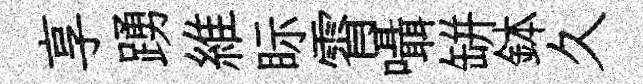
享踴維眎霄囁缾鉢久